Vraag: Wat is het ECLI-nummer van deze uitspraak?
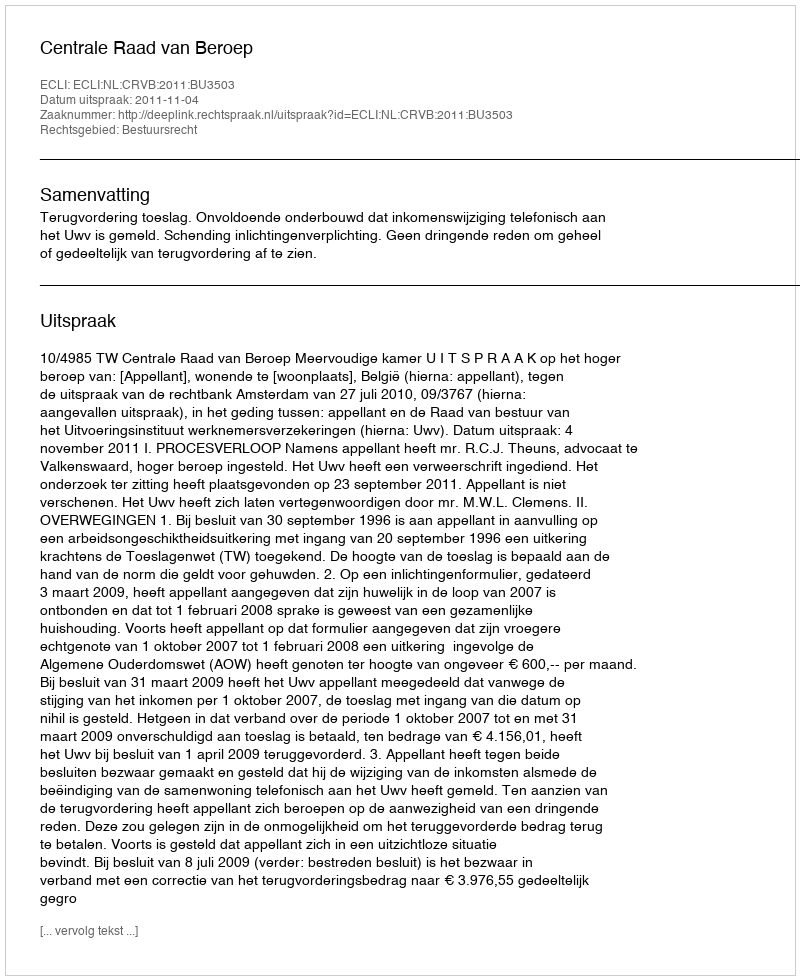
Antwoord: ECLI:NL:CRVB:2011:BU3503